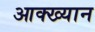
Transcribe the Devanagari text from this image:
आक्ख्यान